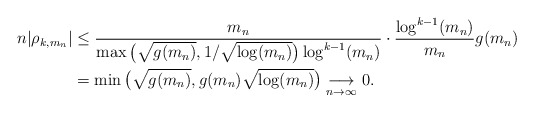
\begin{align*}n |\rho_{k, m_n}| &\leq \frac{m_n}{\max\big( \sqrt{g(m_n)}, 1 / \sqrt{\log (m_n)} \big) \log^{k-1} (m_n) } \cdot \frac{\log^{k-1} (m_n)}{m_n} g(m_n) \\&= \min\big( \sqrt{g(m_n)}, g(m_n) \sqrt{\log (m_n)} \big) \underset{n\to\infty}{\longrightarrow} 0.\end{align*}